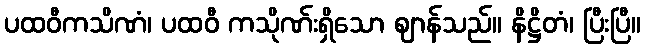
ပထဝီကသိဏံ၊ ပထဝီ ကသိုဏ်းရှိသော ဈာန်သည်။ နိဋ္ဌိတံ၊ ပြီးပြီ။